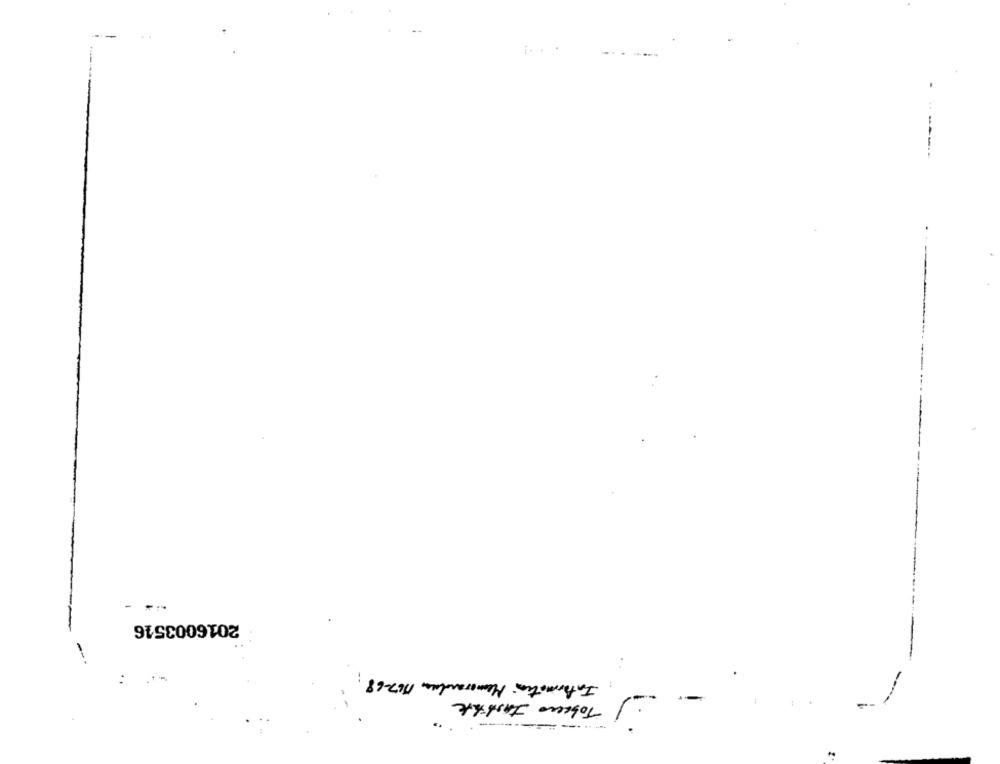
.
---
2016003516
Information Memorandum 1767-68
Tobacco Justihre
==---